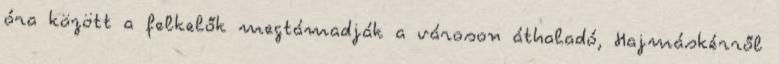
óra között a felkelők megtámadják a városon áthaladó, Hajmáskérről